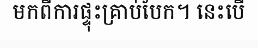
មកពីការផ្ទុះគ្រាប់បែក។ នេះបើ